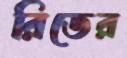
রিডের